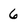
Character: 6